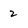
Character: 2